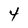
Character: 4